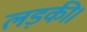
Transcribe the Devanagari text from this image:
लड़की।